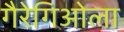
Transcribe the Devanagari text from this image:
गैरेगिओला